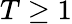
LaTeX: T\geq 1